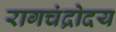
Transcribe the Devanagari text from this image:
रागचंद्रोदय